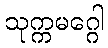
သုက္ကမဂ္ဂေါ